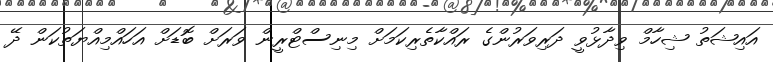
އައިޝަތު ޝިހާމް ވިދާޅުވީ ދަރިވަރުންގެ ރައްކާތެރިކަމަށް މިނިސްޓްރީން ވަރަށް ބޮޑަށް އަހައްމިއްޔަތުކަން ދޭ